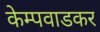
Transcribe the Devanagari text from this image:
केम्पवाडकर